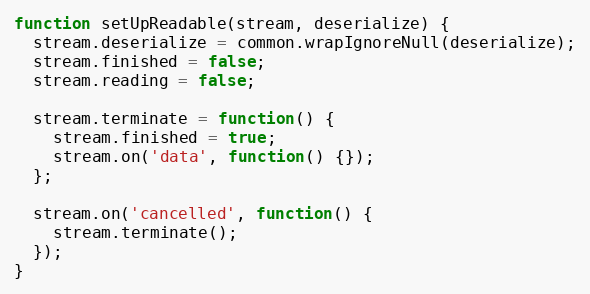
Language: JavaScript
function setUpReadable(stream, deserialize) {
  stream.deserialize = common.wrapIgnoreNull(deserialize);
  stream.finished = false;
  stream.reading = false;

  stream.terminate = function() {
    stream.finished = true;
    stream.on('data', function() {});
  };

  stream.on('cancelled', function() {
    stream.terminate();
  });
}